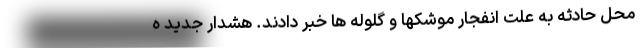
محل حادثه به علت انفجار موشکها و گلوله ها خبر دادند. هشدار جدید ه